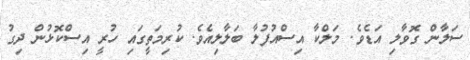
ސަލާން ގޮވާލި އަޑެވެ. މަލްކާ އިސްއުފުލާ ބަލާލިއެވެ. ކުރިމަތީގައި ހުރީ އިސްކޮޅުން ދިގު